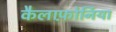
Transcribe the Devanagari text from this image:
कैलाफ़ोर्निया